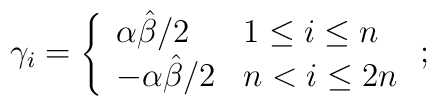
\hspace{-.45in}\gamma_i = \left\{ \begin{array}{ll}		{\alpha\hat\beta /2} & \mbox{$1 \leq i \leq n$} \\		{-\alpha\hat\beta /2} & \mbox{$n < i \leq 2n$}		\end{array}	\right. ;